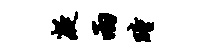
凝两瞳